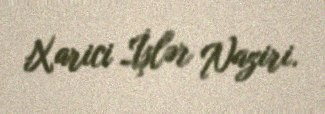
Xarici İşlər Naziri.